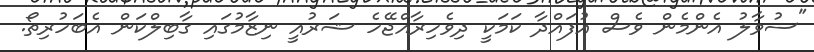
"ސުވާލު އެންމެން ވެސް އުފައްދާ ކަމަކީ ދިވެހިރާއްޖޭހެ ޝަރުއީ ނިޒާމުގައި ގާބިލްކަން އެބަހުރިތޯ.